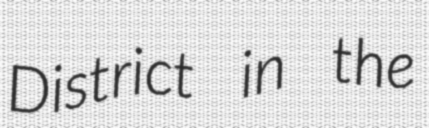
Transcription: District in the